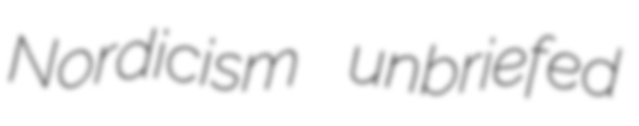
Nordicism unbriefed